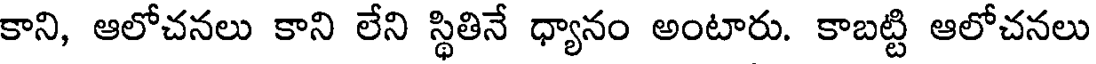
కాని, ఆలోచనలు కాని లేని స్థితినే ధ్యానం అంటారు. కాబట్టి ఆలోచనలు